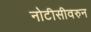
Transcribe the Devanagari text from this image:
नोटीसीवरुन